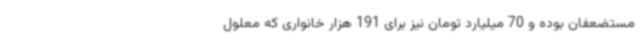
مستضعفان بوده و 70 میلیارد تومان نیز برای 191 هزار خانواری که معلول